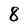
Character: 8